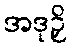
အဒုဉှိ